Rangoon Lunatic Asylum 1878-1892 - 1878-1892
Year: 1878
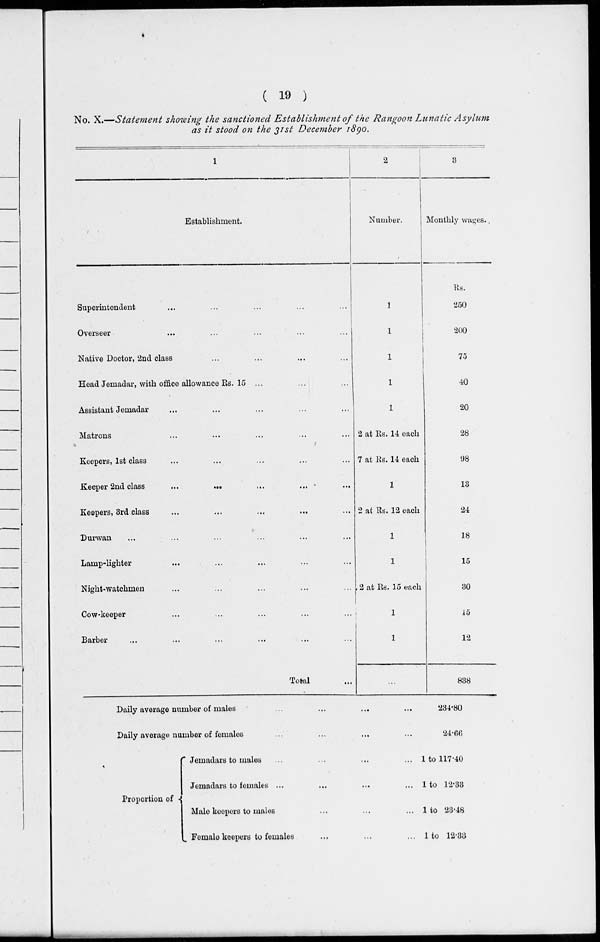
( 19 )
No. X.—Statement showing the sanctioned Establishment of the Rangoon Lunatic Asylum
as it stood on the 31st December 1890.
1
Establishment.
Superintendent ... ... ... ... ...
Overseer ... ... ... ... ...
Native Doctor, 2nd class ... ... ... ...
Head Jemadar, with office allowance Rs. 15 ... ... ...
Assistant Jemadar ... ... ... ... ...
Matrons
...
...
...
...
...
Keepers, 1st class ... ... ... ... ...
Keeper 2nd class
...
...
...
...
...
Keepers, 3rd class ... ...
...
...
...
Durwan ... ... ... ... ... ...
Lamp-lighter ... ... ... ... ...
Night-watchmen ... ... ... ... ...
Cow-keeper ... ... ... ... ...
Barber ... ... ... ... ... ...
Total ...
2
Number.
1
1
1
1
1
2 at Rs. 14 each
7 at Rs. 14 each
1
2 at Rs. 12 each
1
1
2 at Rs. 15 each
1
1
...
3
Monthly wages.
Rs.
250
200
75
40
20
28
98
13
24
18
15
30
15
12
838
Daily average number of males ... ... ... ...
Daily average number of females
...
...
...
Proportion of
Jemadars to males ... ... ... ...
Jemadars to females ... ... ...
...
Male keepers to males ... ... ...
Female keepers to females ... ... ...
234.80
24.66
1 to 117.40
1 to 12.33
1 to 23.48
1 to 12.33